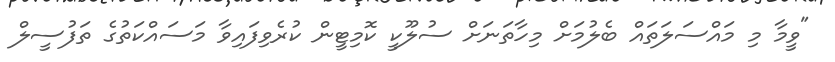
"ވީމާ މި މައްސަލަތައް ބެލުމަށް މިހާތަނަށް ސުލޫކީ ކޮމިޓީން ކުރެވިފައިވާ މަސައްކަތުގެ ތަފުސީލް